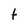
Character: t